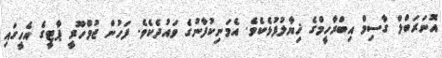
އޮނަރަބްލް ގާސިމް އިބްރާހީމްގެ ޚިޔާލުފުޅެކެވެ. އެމަނިކުފާނުގެ ވައުދެކެވެ. ފަހުން ޖުމްހޫރީ ޕާޓީގެ އެހީގައި